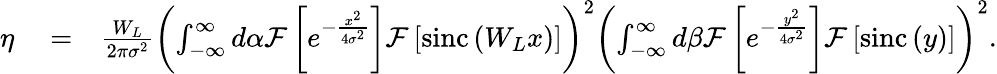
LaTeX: \begin{array}{rlr}{\eta}&{{}=}&{\frac{W_{L}}{2\pi\sigma^{2}}\left(\int_{-\infty}^{\infty}d\alpha\mathcal{F}\left[e^{-\frac{x^{2}}{4\sigma^{2}}}\right]\mathcal{F}\left[\mathrm{sinc}\left(W_{L}x\right)\right]\right)^{2}\left(\int_{-\infty}^{\infty}d\beta\mathcal{F}\left[e^{-\frac{y^{2}}{4\sigma^{2}}}\right]\mathcal{F}\left[\mathrm{sinc}\left(y\right)\right]\right)^{2}.}\end{array}